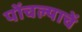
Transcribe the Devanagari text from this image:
पोंचल्याचें